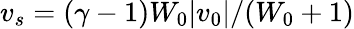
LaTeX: v_{s}=(\gamma-1)W_{0}|v_{0}|/(W_{0}+1)